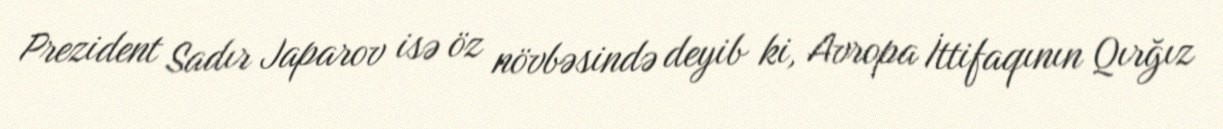
Prezident Sadır Japarov isə öz növbəsində deyib ki, Avropa İttifaqının Qırğız